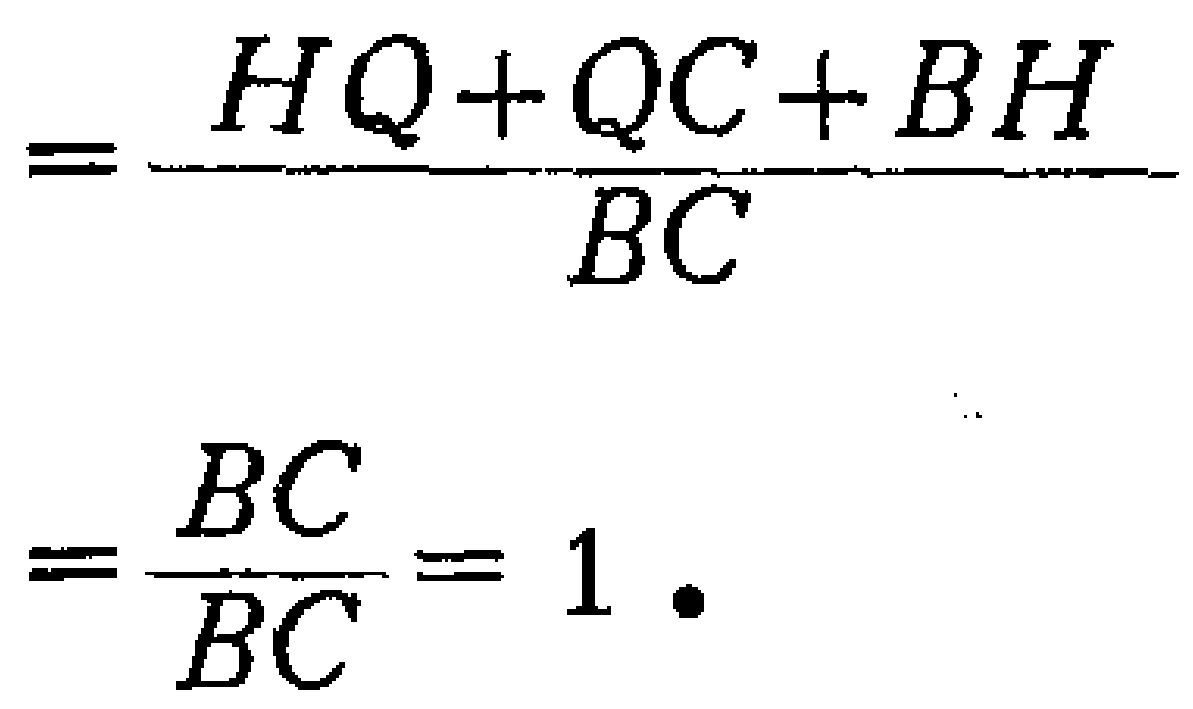
\[
= \frac{HQ + QC + BH}{BC} \\
= \frac{BC}{BC} = 1.
\]